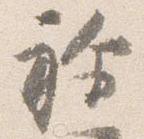
祢